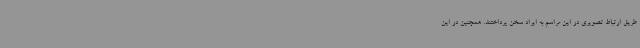
طریق ارتباط تصویری در این مراسم به ایراد سخن پرداختند. همچنین در این